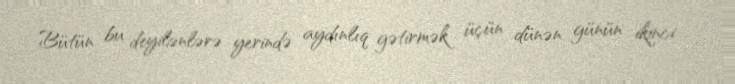
Bütün bu deyilənlərə yerində aydınlıq gətirmək üçün dünən günün ikinci